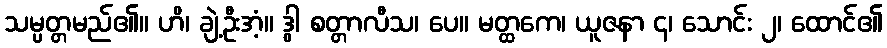
သမ္ပတ္တမည်၏။ ဟိ၊ ချဲ့ဦးအံ့။ ဒွါ စတ္တာလီသ၊ ပေ။ မတ္ထကေ၊ ယူဇနာ ၄၊ သောင်း ၂၊ ထောင်၏